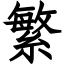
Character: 繁